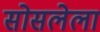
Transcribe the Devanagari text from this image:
सोसलेला